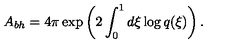
A _ { b h } = 4 \pi \exp \left( 2 \int _ { 0 } ^ { 1 } d \xi \log q ( \xi ) \right) .